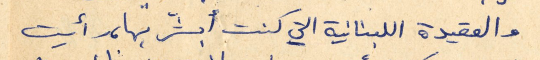
والعقيدة اللبنانية التي كنت أبشر بها، رأيت